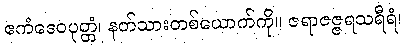
ဧကံဒေဝပုတ္တံ၊ နတ်သားတစ်ယောက်ကို။ ဇရာဇဇ္ဇရသရီရံ၊